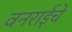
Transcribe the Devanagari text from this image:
वनराईचे